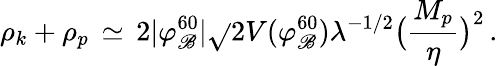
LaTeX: \rho_{k}+\rho_{p}\, \simeq\, 2|\varphi_{\mathscr{B}}^{60}|\sqrt{}{{2V(\varphi_{\mathscr{B}}^{60})}}\lambda^{-1/2}\bigl({\frac{{M_{p}}}{{\eta}}}\bigr)^{2}\, .